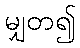
မျှတ၍